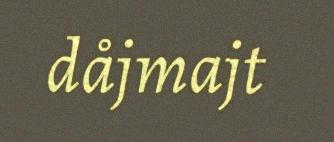
dåjmajt